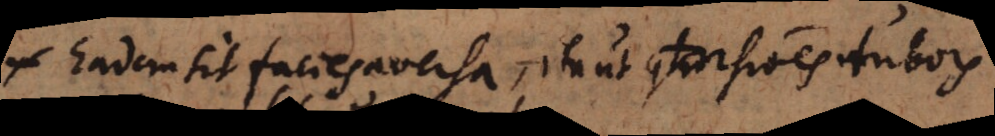
⁜ Eadem sit facies aversa, ita ut contorsiones tuborum